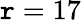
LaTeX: \mathtt{r}=17